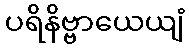
ပရိနိဗ္ဗာယေယျံ